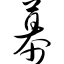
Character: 幕